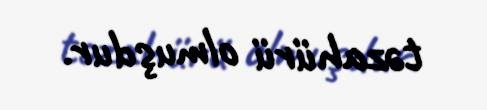
təzahürü olmuşdur.